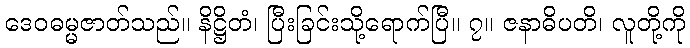
ဒေဝဓမ္မဇာတ်သည်။ နိဋ္ဌိတံ၊ ပြီးခြင်းသို့ရောက်ပြီ။ ၇။ ဇနာဓိပတိ၊ လူတို့ကို